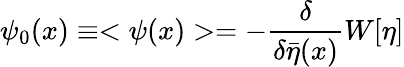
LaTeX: \psi_{0}(x)\equiv<\psi(x)>=-\frac{\delta}{\delta\bar{\eta}(x)}W[\eta]